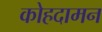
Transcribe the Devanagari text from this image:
कोहदामन